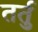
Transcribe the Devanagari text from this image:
तर्तु